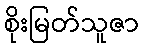
စိုးမြတ်သူဇာ